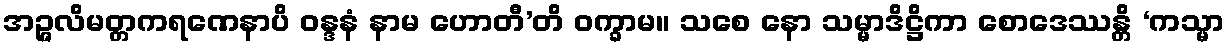
အဉ္ဇလိမတ္တကရဏေနာပိ ဝန္ဒနံ နာမ ဟောတီ’တိ ဝက္ခာမ။ သစေ နော သမ္မာဒိဋ္ဌိကာ စောဒေဿန္တိ ‘ကသ္မာ